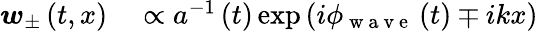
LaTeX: \begin{array}{rl}{\boldsymbol{w}_{\pm}\left(t,x\right)}&{{}\propto a^{-1}\left(t\right)\exp\left(i\phi_{\mathrm{~w~a~v~e~}}\left(t\right)\mp ikx\right)}\end{array}